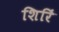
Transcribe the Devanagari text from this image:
शिरिं